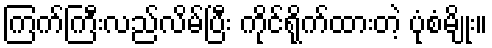
ကြက်ကြီးလည်လိမ်ပြီး ကိုင်ရိုက်ထားတဲ့ ပုံစံမျိုး။